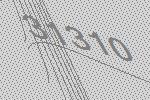
31310